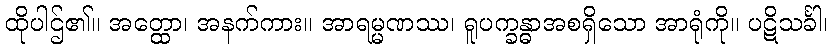
ထိုပါဌ်၏။ အတ္ထော၊ အနက်ကား။ အာရမ္မဏဿ၊ ရူပက္ခန္ဓာအစရှိသော အာရုံကို။ ပဋိသင်္ခါ၊